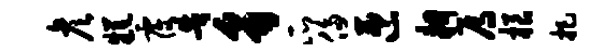
彦糕覆告豸瓜侈匝耕焉根把